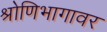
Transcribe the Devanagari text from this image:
श्रोणिभागावर